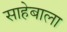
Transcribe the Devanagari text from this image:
साहेबाला